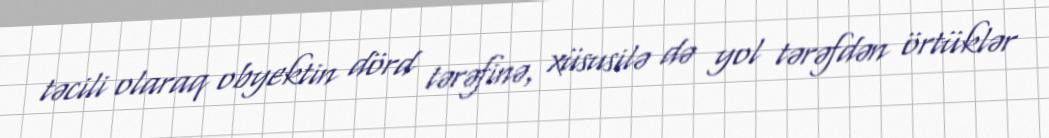
təcili olaraq obyektin dörd tərəfinə, xüsusilə də yol tərəfdən örtüklər